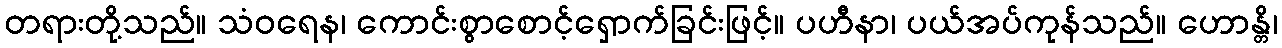
တရားတို့သည်။ သံဝရေန၊ ကောင်းစွာစောင့်ရှောက်ခြင်းဖြင့်။ ပဟီနာ၊ ပယ်အပ်ကုန်သည်။ ဟောန္တိ၊